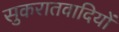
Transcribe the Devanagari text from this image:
सुकरातवादियों